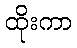
ထိုးကာ